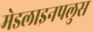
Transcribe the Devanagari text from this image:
मेडलाइनपलुस